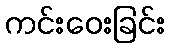
ကင်းဝေးခြင်း